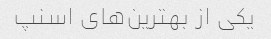
یکی از بهترین‌های اسنپ